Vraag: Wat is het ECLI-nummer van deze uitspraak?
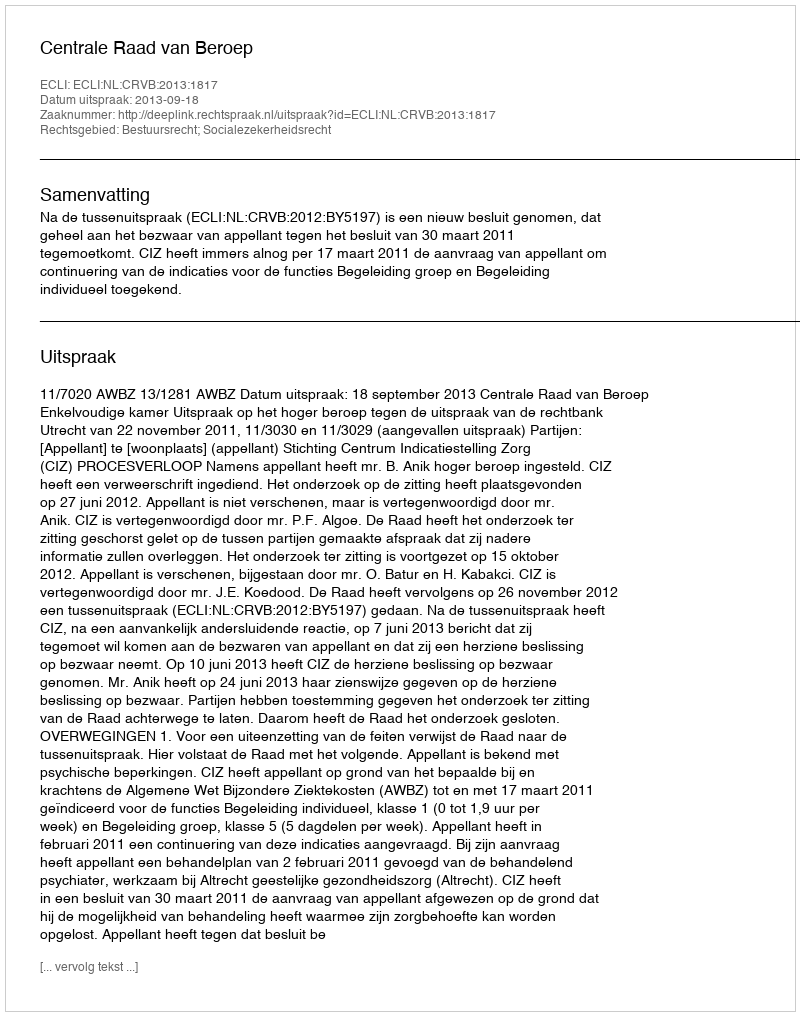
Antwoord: ECLI:NL:CRVB:2013:1817